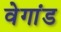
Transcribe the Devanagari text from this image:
वेगांड